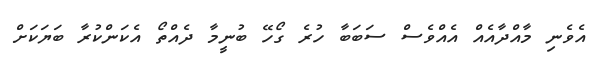
އެވެނި މާއްދާއެއް އެއްވެސް ސަބަބާ ހުރެ ގޯހޭ ބުނީމާ ދެއްތޯ އެކަންކުރާ ބަޔަކަށް